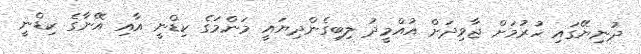
ދުނިޔޭގައި ހުރުމަށް ޖާވިދަށް އުއްމީދު ލިބިގެންދިޔައީ މަންމަގެ ކިޑްނީ އާއި އޭނާގެ ކިޑްނީ